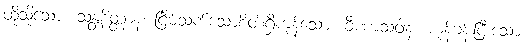
ထိုသို့သော။ သန္တစိတ္တာနံ၊ ငြိမ်သက်သောစိတ်ရှိကုန်သော။ ခီဏာသဝါနံ၊ ကုန်ခန်းပြီးသော